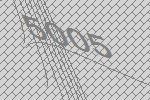
5005